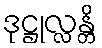
ဒုဋ္ဌုလ္လန္တိ